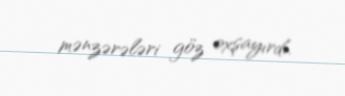
mənzərələri göz oxşayırdı.